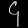
Digit: ၄